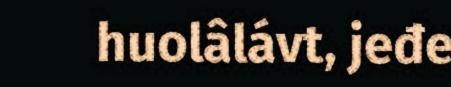
huolâlávt, jeđe